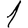
Digit: 1